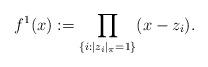
LaTeX: \begin{align*}f^1(x) := \prod_{\{ i : |z_i|_\pi = 1\}} (x-z_i). \end{align*}